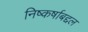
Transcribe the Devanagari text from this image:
निष्कर्षाबद्दल